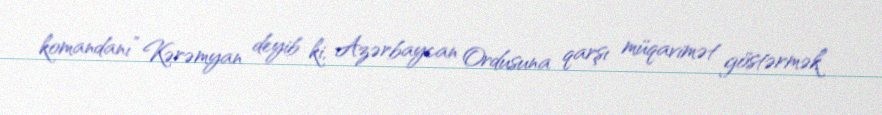
komandanı” Kərəmyan deyib ki, Azərbaycan Ordusuna qarşı müqavimət göstərmək